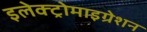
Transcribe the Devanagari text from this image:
इलेक्ट्रोमाइग्रेशन